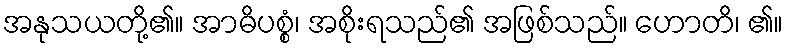
အနုသယတို့၏။ အာဓိပစ္စံ၊ အစိုးရသည်၏ အဖြစ်သည်။ ဟောတိ၊ ၏။